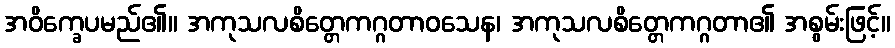
အဝိက္ခေပမည်၏။ အကုသလစိတ္တေကဂ္ဂတာဝသေန၊ အကုသလစိတ္တေကဂ္ဂတာ၏ အစွမ်းဖြင့်။